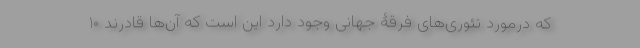
که درمورد تئوری‌های فرقۀ جهانی وجود دارد این است که آن‌ها قادرند ۱۰